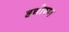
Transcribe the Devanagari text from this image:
हृद्योष्ण